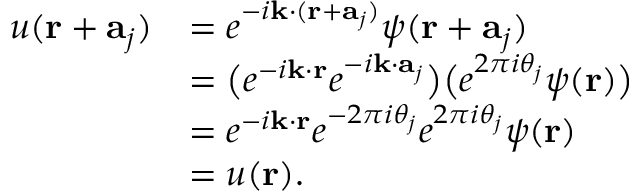
{ \begin{array} { r l } { u ( \mathbf { r } + \mathbf { a } _ { j } ) } & { = e ^ { - i \mathbf { k } \cdot ( \mathbf { r } + \mathbf { a } _ { j } ) } \psi ( \mathbf { r } + \mathbf { a } _ { j } ) } \\ & { = { \big ( } e ^ { - i \mathbf { k } \cdot \mathbf { r } } e ^ { - i \mathbf { k } \cdot \mathbf { a } _ { j } } { \big ) } { \big ( } e ^ { 2 \pi i \theta _ { j } } \psi ( \mathbf { r } ) { \big ) } } \\ & { = e ^ { - i \mathbf { k } \cdot \mathbf { r } } e ^ { - 2 \pi i \theta _ { j } } e ^ { 2 \pi i \theta _ { j } } \psi ( \mathbf { r } ) } \\ & { = u ( \mathbf { r } ) . } \end{array} }